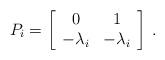
LaTeX: \begin{align*}P_i=\left[\begin{array}{cc}0 & 1\\-\lambda_i &- \lambda_i\end{array}\right]\,.\end{align*}